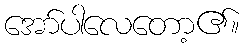
အော်ပါလေတော့၏။